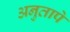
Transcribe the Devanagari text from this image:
अनुतापे